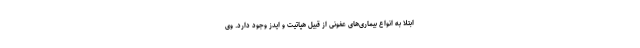
ابتلا به انواع بیماری‌های عفونی از قبیل هپاتیت و ایدز وجود دارد. وی